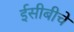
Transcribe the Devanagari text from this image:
ईसीबीचे